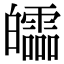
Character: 𤾻